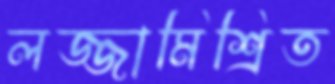
লজ্জামিশ্রিত